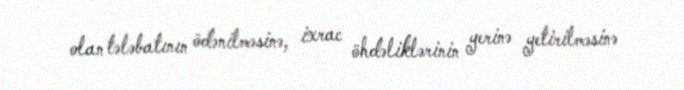
olan tələbatının ödənilməsinə, ixrac öhdəliklərinin yerinə yetirilməsinə